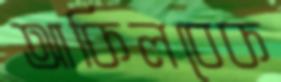
আকিলবেক